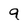
Character: 9